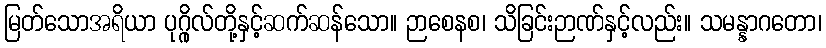
မြတ်သောအရိယာ ပုဂ္ဂိုလ်တို့နှင့်ဆက်ဆန်သော။ ဉာစေနစ၊ သိခြင်းဉာဏ်နှင့်လည်း။ သမန္နာဂတော၊